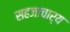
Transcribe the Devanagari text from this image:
सहजाचार्य